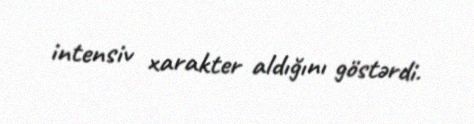
intensiv xarakter aldığını göstərdi.